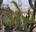
ડોર